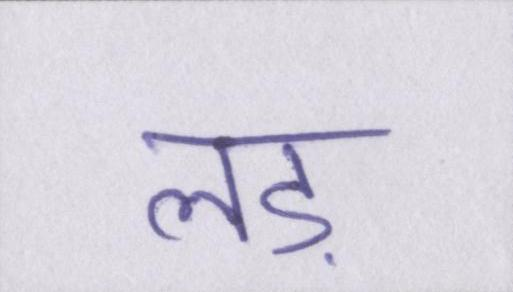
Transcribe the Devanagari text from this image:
लड़